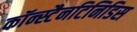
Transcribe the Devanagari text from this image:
कॉन्स्टैनटिनिडिस